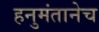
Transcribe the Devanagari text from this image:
हनुमंतानेच